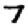
Digit: 7